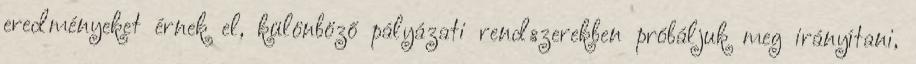
eredményeket érnek el, különböző pályázati rendszerekben próbáljuk meg irányítani,